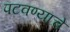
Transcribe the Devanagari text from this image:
पटवण्याचे